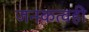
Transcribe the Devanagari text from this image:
जनकत्वही